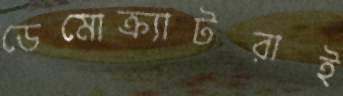
ডেমোক্র্যাটরাই